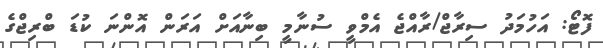
ފޮޓޯ: އަހުމަދު ސިރާޖް/ރާއްޖެ އެމްވީ ސުނާމީ ބިނާއަށް އަރަން އޮންނަ ކުޑަ ބްރިޖްގެ